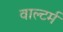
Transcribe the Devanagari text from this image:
वाल्टर्म